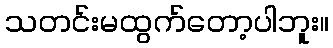
သတင်းမထွက်တော့ပါဘူး။